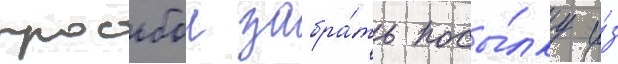
просьбои забра́ть посы́лку и́з